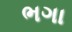
ભગા